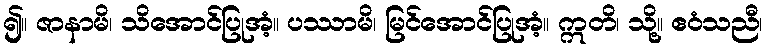
၍။ ဇာနာမိ၊ သိအောင်ပြုအံ့။ ပဿာမိ၊ မြင်အောင်ပြုအံ့။ ဣတိ၊ သို့။ ဧဝံသညီ၊